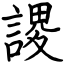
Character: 謖